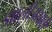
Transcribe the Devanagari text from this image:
झालीअसावी